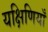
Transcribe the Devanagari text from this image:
यक्षिणियाँ